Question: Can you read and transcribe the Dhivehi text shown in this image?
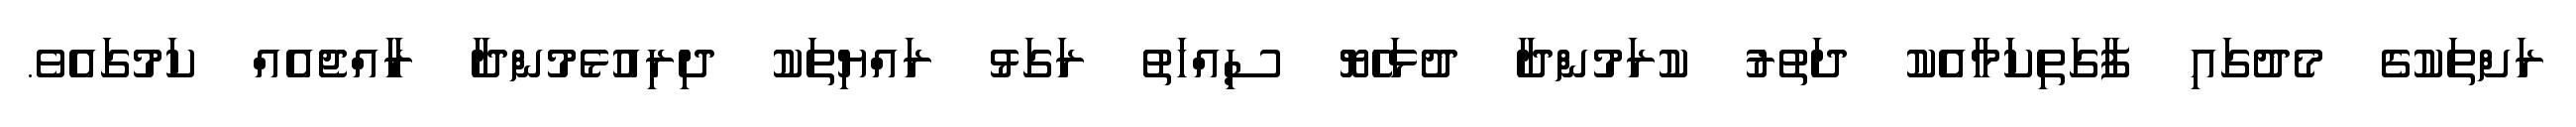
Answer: ރަށްތަކުގެ މެދުގައި ފާގަތިކަމާއެކު ދަތުރު ކުރަމުންދާ ދުޅަހެޔޮ ސިއްހަތު ރަގަޅު ރައްޔިތަކު ދިރިއުޅެމުންދާ ރާއްޖެއެއް ކަމުގައެވެ.